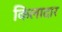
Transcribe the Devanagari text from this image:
किलादार